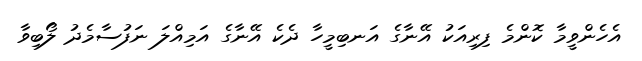
އެހެންވީމާ ކޮންމެ ފިރިއަކު އޭނާގެ އަނބިމީހާ ދެކެ އޭނާގެ އަމިއްލަ ނަފުސާމެދު ލޯބިވާ